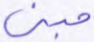
مبنى